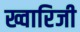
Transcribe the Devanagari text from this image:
ख्वारिजी